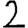
Digit: 2